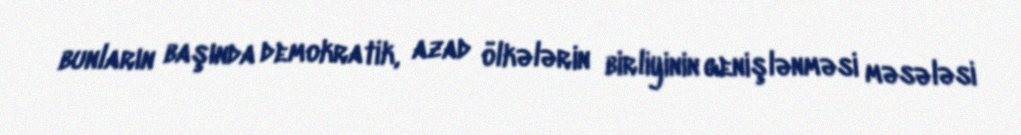
bunların başında demokratik, azad ölkələrin birliyinin genişlənməsi məsələsi